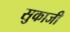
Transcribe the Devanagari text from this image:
सुकाजी